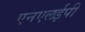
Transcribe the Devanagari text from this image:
एनएलईपी